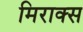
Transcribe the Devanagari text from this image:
मिराक्स